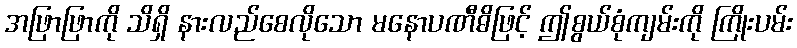
အဖြာဖြာကို သိရှိ နားလည်စေလိုသော မနောပဏီဓိဖြင့် ဤစွယ်စုံကျမ်းကို ကြိုးပမ်း